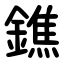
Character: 鐎